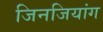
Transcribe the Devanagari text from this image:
जिनजियांग